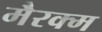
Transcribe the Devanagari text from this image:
मैरक्म